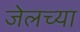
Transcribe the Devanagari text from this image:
जेलच्या